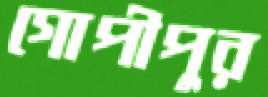
গোপীপুর